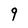
Character: 9